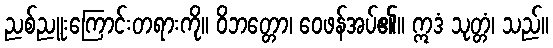
ညစ်ညူးကြောင်းတရားကို။ ဝိဘတ္တော၊ ဝေဖန်အပ်၏။ ဣဒံ သုတ္တံ၊ သည်။